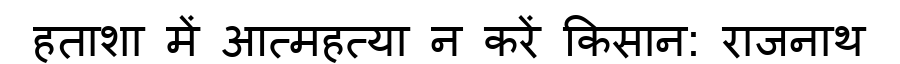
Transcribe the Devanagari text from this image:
हताशा में आत्महत्या न करें किसान: राजनाथ